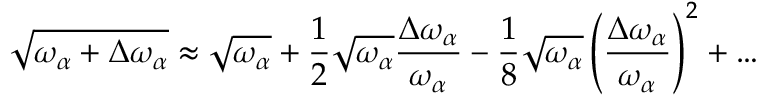
\sqrt { \omega _ { \alpha } + \Delta \omega _ { \alpha } } \approx \sqrt { \omega _ { \alpha } } + \frac { 1 } { 2 } \sqrt { \omega _ { \alpha } } \frac { \Delta \omega _ { \alpha } } { \omega _ { \alpha } } - \frac { 1 } { 8 } \sqrt { \omega _ { \alpha } } \left( \frac { \Delta \omega _ { \alpha } } { \omega _ { \alpha } } \right) ^ { 2 } + \dots